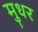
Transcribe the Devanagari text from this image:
मुधर